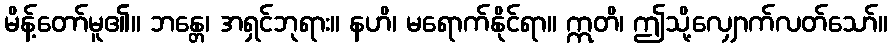
မိန့်တော်မူ၏။ ဘန္တေ၊ အရှင်ဘုရား။ နဟိ၊ မရောက်နိုင်ရာ။ ဣတိ၊ ဤသို့လျှောက်လတ်သော်။